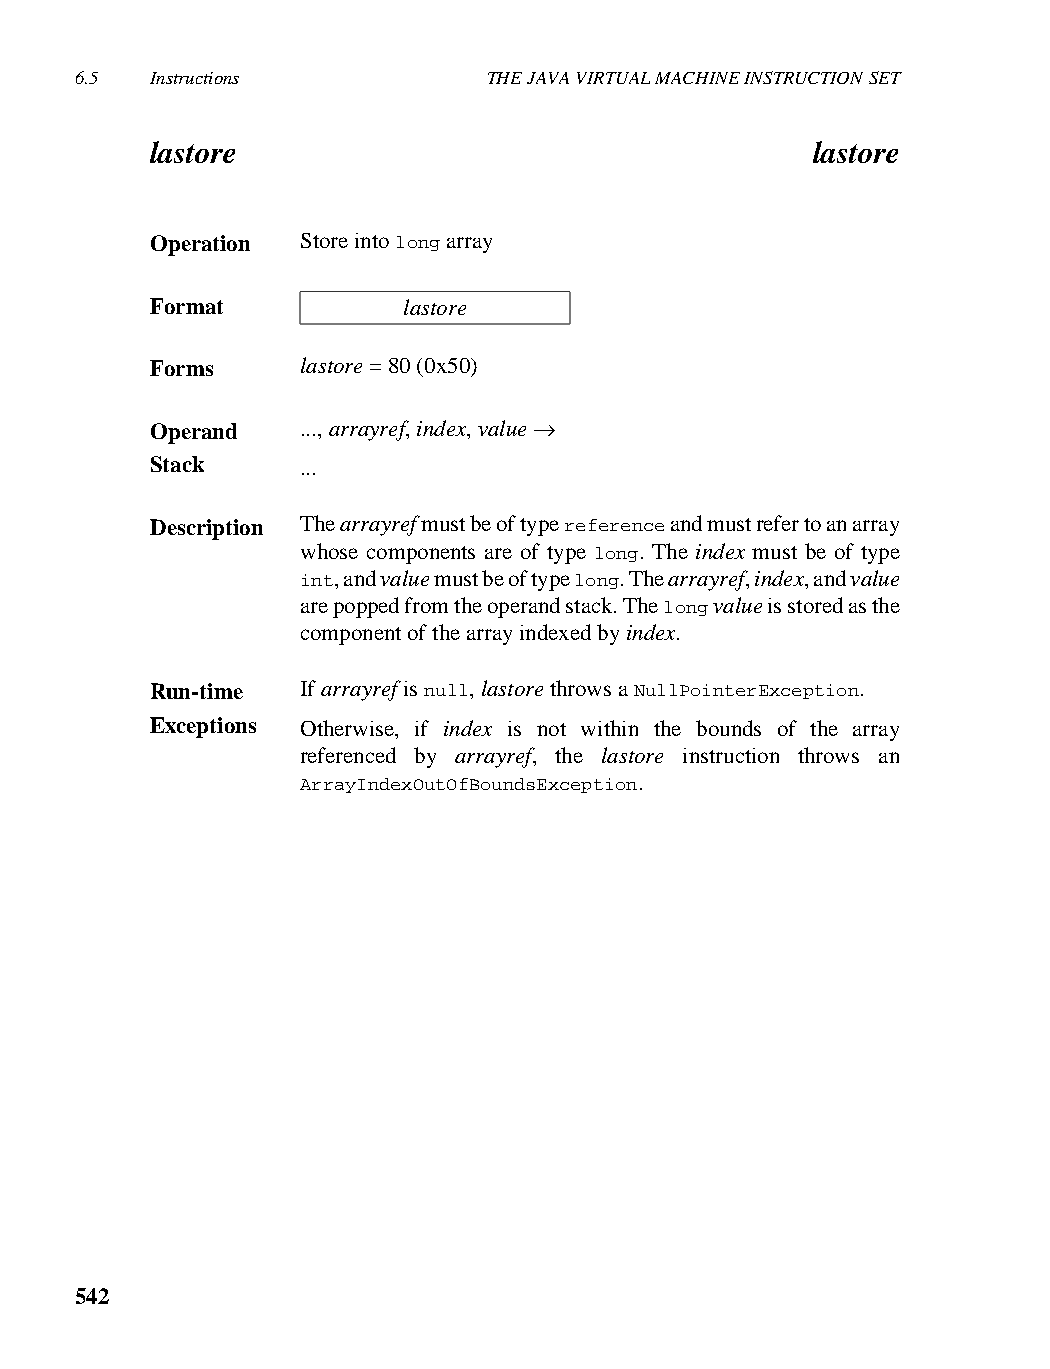
6.5  Instructions          THE JAVA VIRTUAL MACHINE INSTRUCTION SET
 lastore                                     lastore
 Operation Store into long array
 Format           lastore
 Forms     lastore = 80 (0x50)
 Operand   ..., arrayref, index, value →
 Stack     ...
 Description The arrayref must be of type reference and must refer to an array
 whose components are of type long. The index must be of type
 int, and value must be of type long. The arrayref, index, and value
 are popped from the operand stack. The long value is stored as the
 component of the array indexed by index.
 Run-time  If arrayref is null, lastore throws a NullPointerException.
 Exceptions Otherwise, if index is not within the bounds of the array
 referenced by arrayref, the lastore instruction throws an
 ArrayIndexOutOfBoundsException.
 542